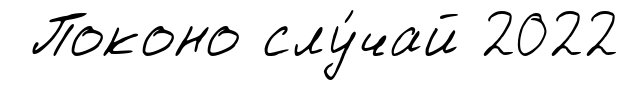
Поконо слу́чай 2022